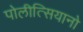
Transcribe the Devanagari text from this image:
पोलीत्सियानो